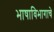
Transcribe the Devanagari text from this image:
भाषाविभागाचे